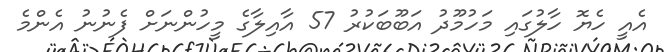
އެއީ ހެޔޮ ހާލުގައި މަހުމޫދު އަބޫބަކުރު 57 އާއިލާގެ މީހުންނަށް ފެނުނު އެންމެ